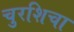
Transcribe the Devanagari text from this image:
चुरशिचा